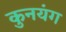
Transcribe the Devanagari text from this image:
कुनयंग